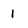
Character: 1